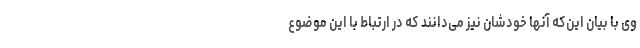
وی با بیان این‌که آنها خودشان نیز می‌دانند که در ارتباط با این موضوع